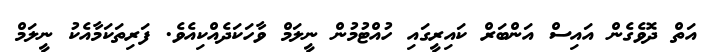
އަތް ދޮވެގެން އައިސް އަންބަރް ކައިރީގައި ހުއްޓުމުން ނީލަމް ވާހަކަދެއްކިއެވެ. ފަރިތަކަމާއެކު ނީލަމް